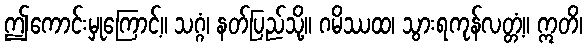
ဤကောင်းမှုကြောင့်။ သဂ္ဂံ၊ နတ်ပြည်သို့။ ဂမိဿထ၊ သွားရကုန်လတ္တံ့။ ဣတိ၊